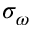
\sigma _ { \omega }